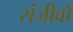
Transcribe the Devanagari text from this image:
संजीवो